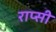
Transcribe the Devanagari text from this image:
राप्सी